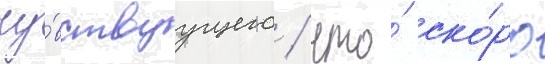
чу́вствуущего / что́ ско́ро